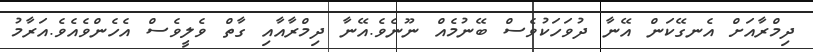
ދިމްރާއަށް އެނގޭކަން އޭނާ ދުވަހަކުވެސް ބޭނުމެއް ނޫނެވެ.އޭނާ ދިމްރާއާއި ގާތް ވެލީވެސް އެހެންވެއެވެ.އަރާމު